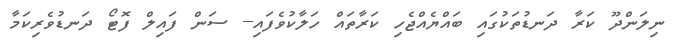
ނިލަންދޫ ކަރާ ދަނޑުތަކުގައި ބައްޔެއްޖެހި ކަރާތައް ހަލާކުވެފައި-- ސަން ފައިލް ފޮޓޯ ދަނޑުވެރިކަމާ